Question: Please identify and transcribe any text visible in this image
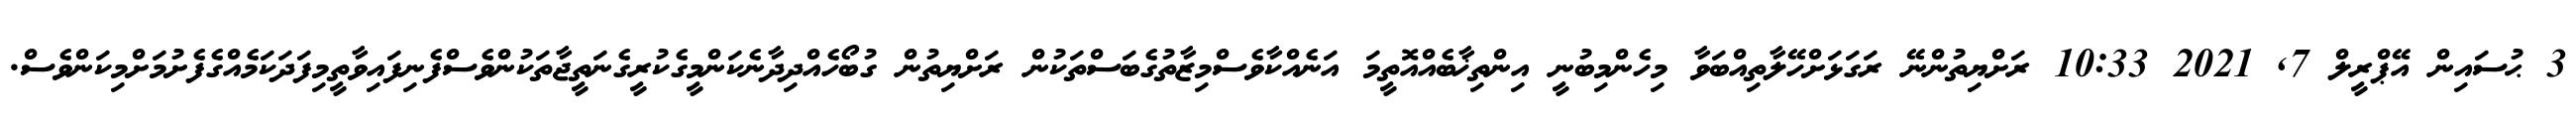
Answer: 3 ޙުސައިން އޭޕްރީލް 7, 2021 10:33 ރަށްޔިތުންނޭ ރަގަޅަށްހޭލާތިއްބަވާ މިހެންމިބުނީ އިންތިޚާބެއްއޮތީމަ އަނެއްކާވެސްމިޒާތުގެބަސްތަކުން ރަށްޔިތުން ގުބޯހެއްދިދާނެކަންމީގެކުރީގެނަތީޖާތަކުންވެސްފެނިފައިވާތީމިފަދަކަމެއްގެފެށުމަށްމިކަންވެސް.